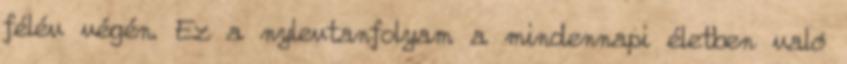
félév végén. Ez a nylevtanfolyam a mindennapi életben való